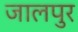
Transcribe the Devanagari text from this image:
जालपुर